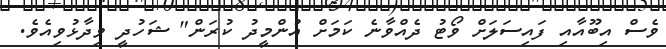
ވެސް އިބޫއާއި ފައިސަލަށް ވޯޓު ދެއްވާނެ ކަމަށް އުންމީދު ކުރަން" ޝަހުދީ ވިދާޅުވިއެވެ.